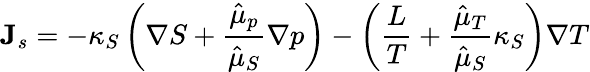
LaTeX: {\mathbf J}_{s}=-\kappa_{S}\left(\nabla S+\frac{\hat{\mu}_{p}}{\hat{\mu}_{S}}\nabla p\right)-\left(\frac{L}{T}+\frac{\hat{\mu}_{T}}{\hat{\mu}_{S}}\kappa_{S}\right)\nabla T